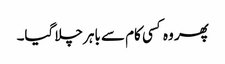
پھر وہ کسی کام سے باہر چلا گیا۔